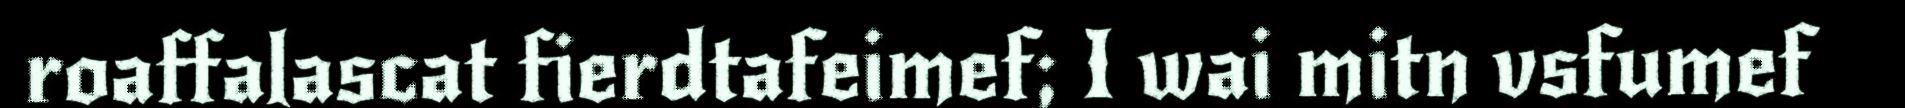
roaffalascat fierdtafeimef; I wai mitn vsfumef